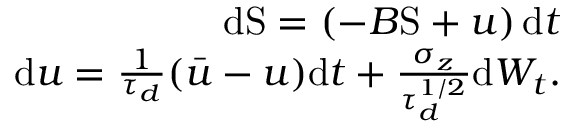
\begin{array} { r } { \mathrm { d } \mathrm { S } = \left( - B \mathrm { S } + u \right) \mathrm { d } t } \\ { \mathrm { d } u = \frac { 1 } { \tau _ { d } } ( \bar { u } - u ) \mathrm { d } t + \frac { \sigma _ { z } } { \tau _ { d } ^ { 1 / 2 } } \mathrm { d } W _ { t } . } \end{array}